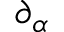
\partial _ { \alpha }